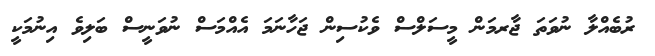
ރުބެއްލާ ނުވަތަ ޖާރމަން މީސަލްސް ވެކުސިން ޖަހާނަމަ އެއްމަސް ނުވަނީސް ބަލިވެ އިނުމަކީ